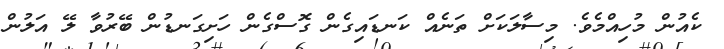
ކެއުން މުހިއްމެވެ. މިސާލަކަށް ތަނެއް ކަނޑައިގެން ގޮސްގެން ހަށިގަނޑުން ބޭރުވާ ލޭ އަލުން